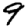
Digit: 9